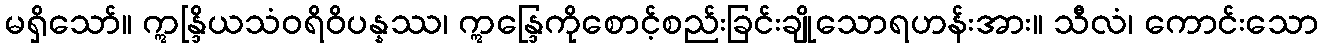
မရှိသော်။ ဣန္ဒြိယသံဝရိဝိပန္နဿ၊ ဣန္ဒြေကိုစောင့်စည်းခြင်းချိုသောရဟန်းအား။ သီလံ၊ ကောင်းသော